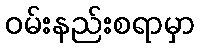
ဝမ်းနည်းစရာမှာ